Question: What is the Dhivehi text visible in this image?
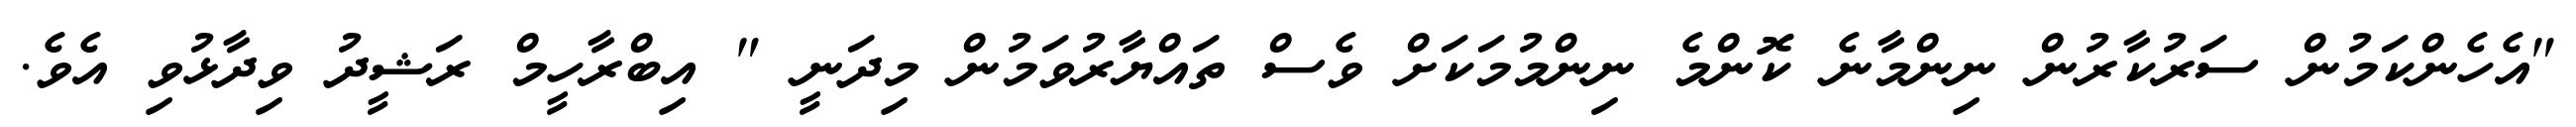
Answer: "އެހެންކަމުން ސަރުކާރުން ނިންމާނެ ކޮންމެ ނިންމުމަކަށް ވެސް ތައްޔާރުވަމުން މިދަނީ " އިބްރާހީމް ރަޝީދު ވިދާޅުވި އެވެ.